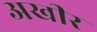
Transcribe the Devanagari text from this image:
अखीर